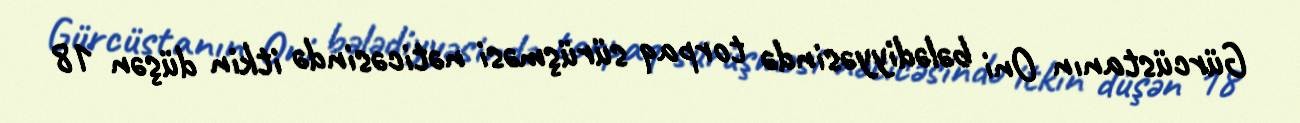
Gürcüstanın Oni bələdiyyəsində torpaq sürüşməsi nəticəsində itkin düşən 18